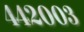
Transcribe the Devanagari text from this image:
४४२००३